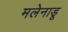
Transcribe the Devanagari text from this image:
मलेनाडू